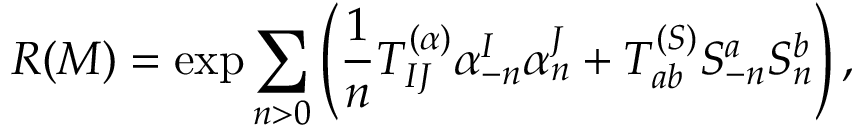
R ( M ) = \exp \sum _ { n > 0 } \left( { \frac { 1 } { n } } T _ { I J } ^ { ( \alpha ) } \alpha _ { - n } ^ { I } { \alpha } _ { n } ^ { J } + T _ { a b } ^ { ( S ) } S _ { - n } ^ { a } { S } _ { n } ^ { b } \right) ,